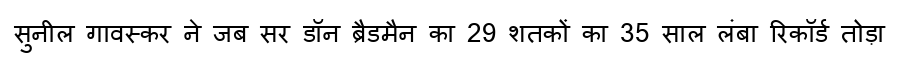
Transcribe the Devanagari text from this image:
सुनील गावस्कर ने जब सर डॉन ब्रैडमैन का 29 शतकों का 35 साल लंबा रिकॉर्ड तोड़ा